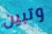
وتبين